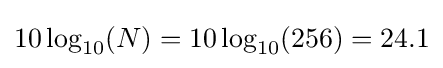
10\log _{10}(N)=10\log _{10}(256)=24.1